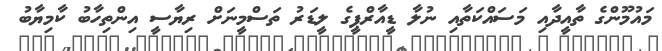
މައުމޫންގެ ތާއީދާއި މަސައްކަތާއި ނުލާ ޑީއާރްޕީގެ ލީޑަރު ތަސްމީނަށް ރިޔާސީ އިންތިހާބު ކާމިޔާބު